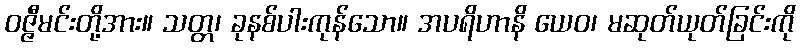
ဝဇ္ဇီမင်းတို့အား။ သတ္တ၊ ခုနစ်ပါးကုန်သော။ အပရိဟာနိ ယေဝ၊ မဆုတ်ယုတ်ခြင်းကို